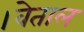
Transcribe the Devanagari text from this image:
।वेताल